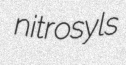
nitrosyls